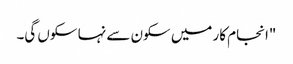
"انجام کار میں سکون سے نہا سکوں گی۔